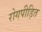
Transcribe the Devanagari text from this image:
रोगपीड़ित